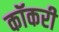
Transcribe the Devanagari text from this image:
कॉकरी